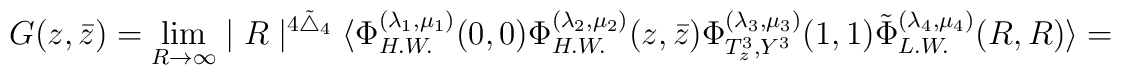
G(z , \bar{z}) =\lim_{R\rightarrow\infty}\mid{R}\mid^{4\tilde\bigtriangleup_{4}} \langle\Phi_{H.W.}^{(\lambda_{1} , \mu_{1})}(0 , 0)\Phi_{H.W.}^{(\lambda_{2} ,\mu_{2})}(z , \bar{z}) \Phi_{T_{z}^{3} , Y^{3}}^{(\lambda_{3} , \mu_{3})}(1 ,1)\tilde\Phi_{L.W.}^{(\lambda_{4} , \mu_{4})}(R , R) \rangle =